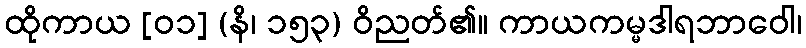
ထိုကာယ [၀၁] (နိ၊ ၁၅၃) ဝိညတ်၏။ ကာယကမ္မဒါရဘာဝေါ၊